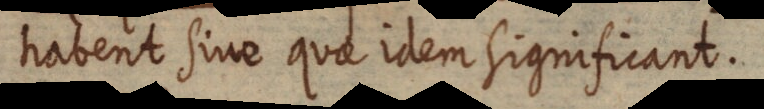
habent sine quae idem significant.